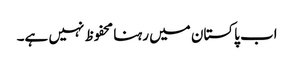
اب پاکستان میں رہنا محفوظ نہیں ہے۔